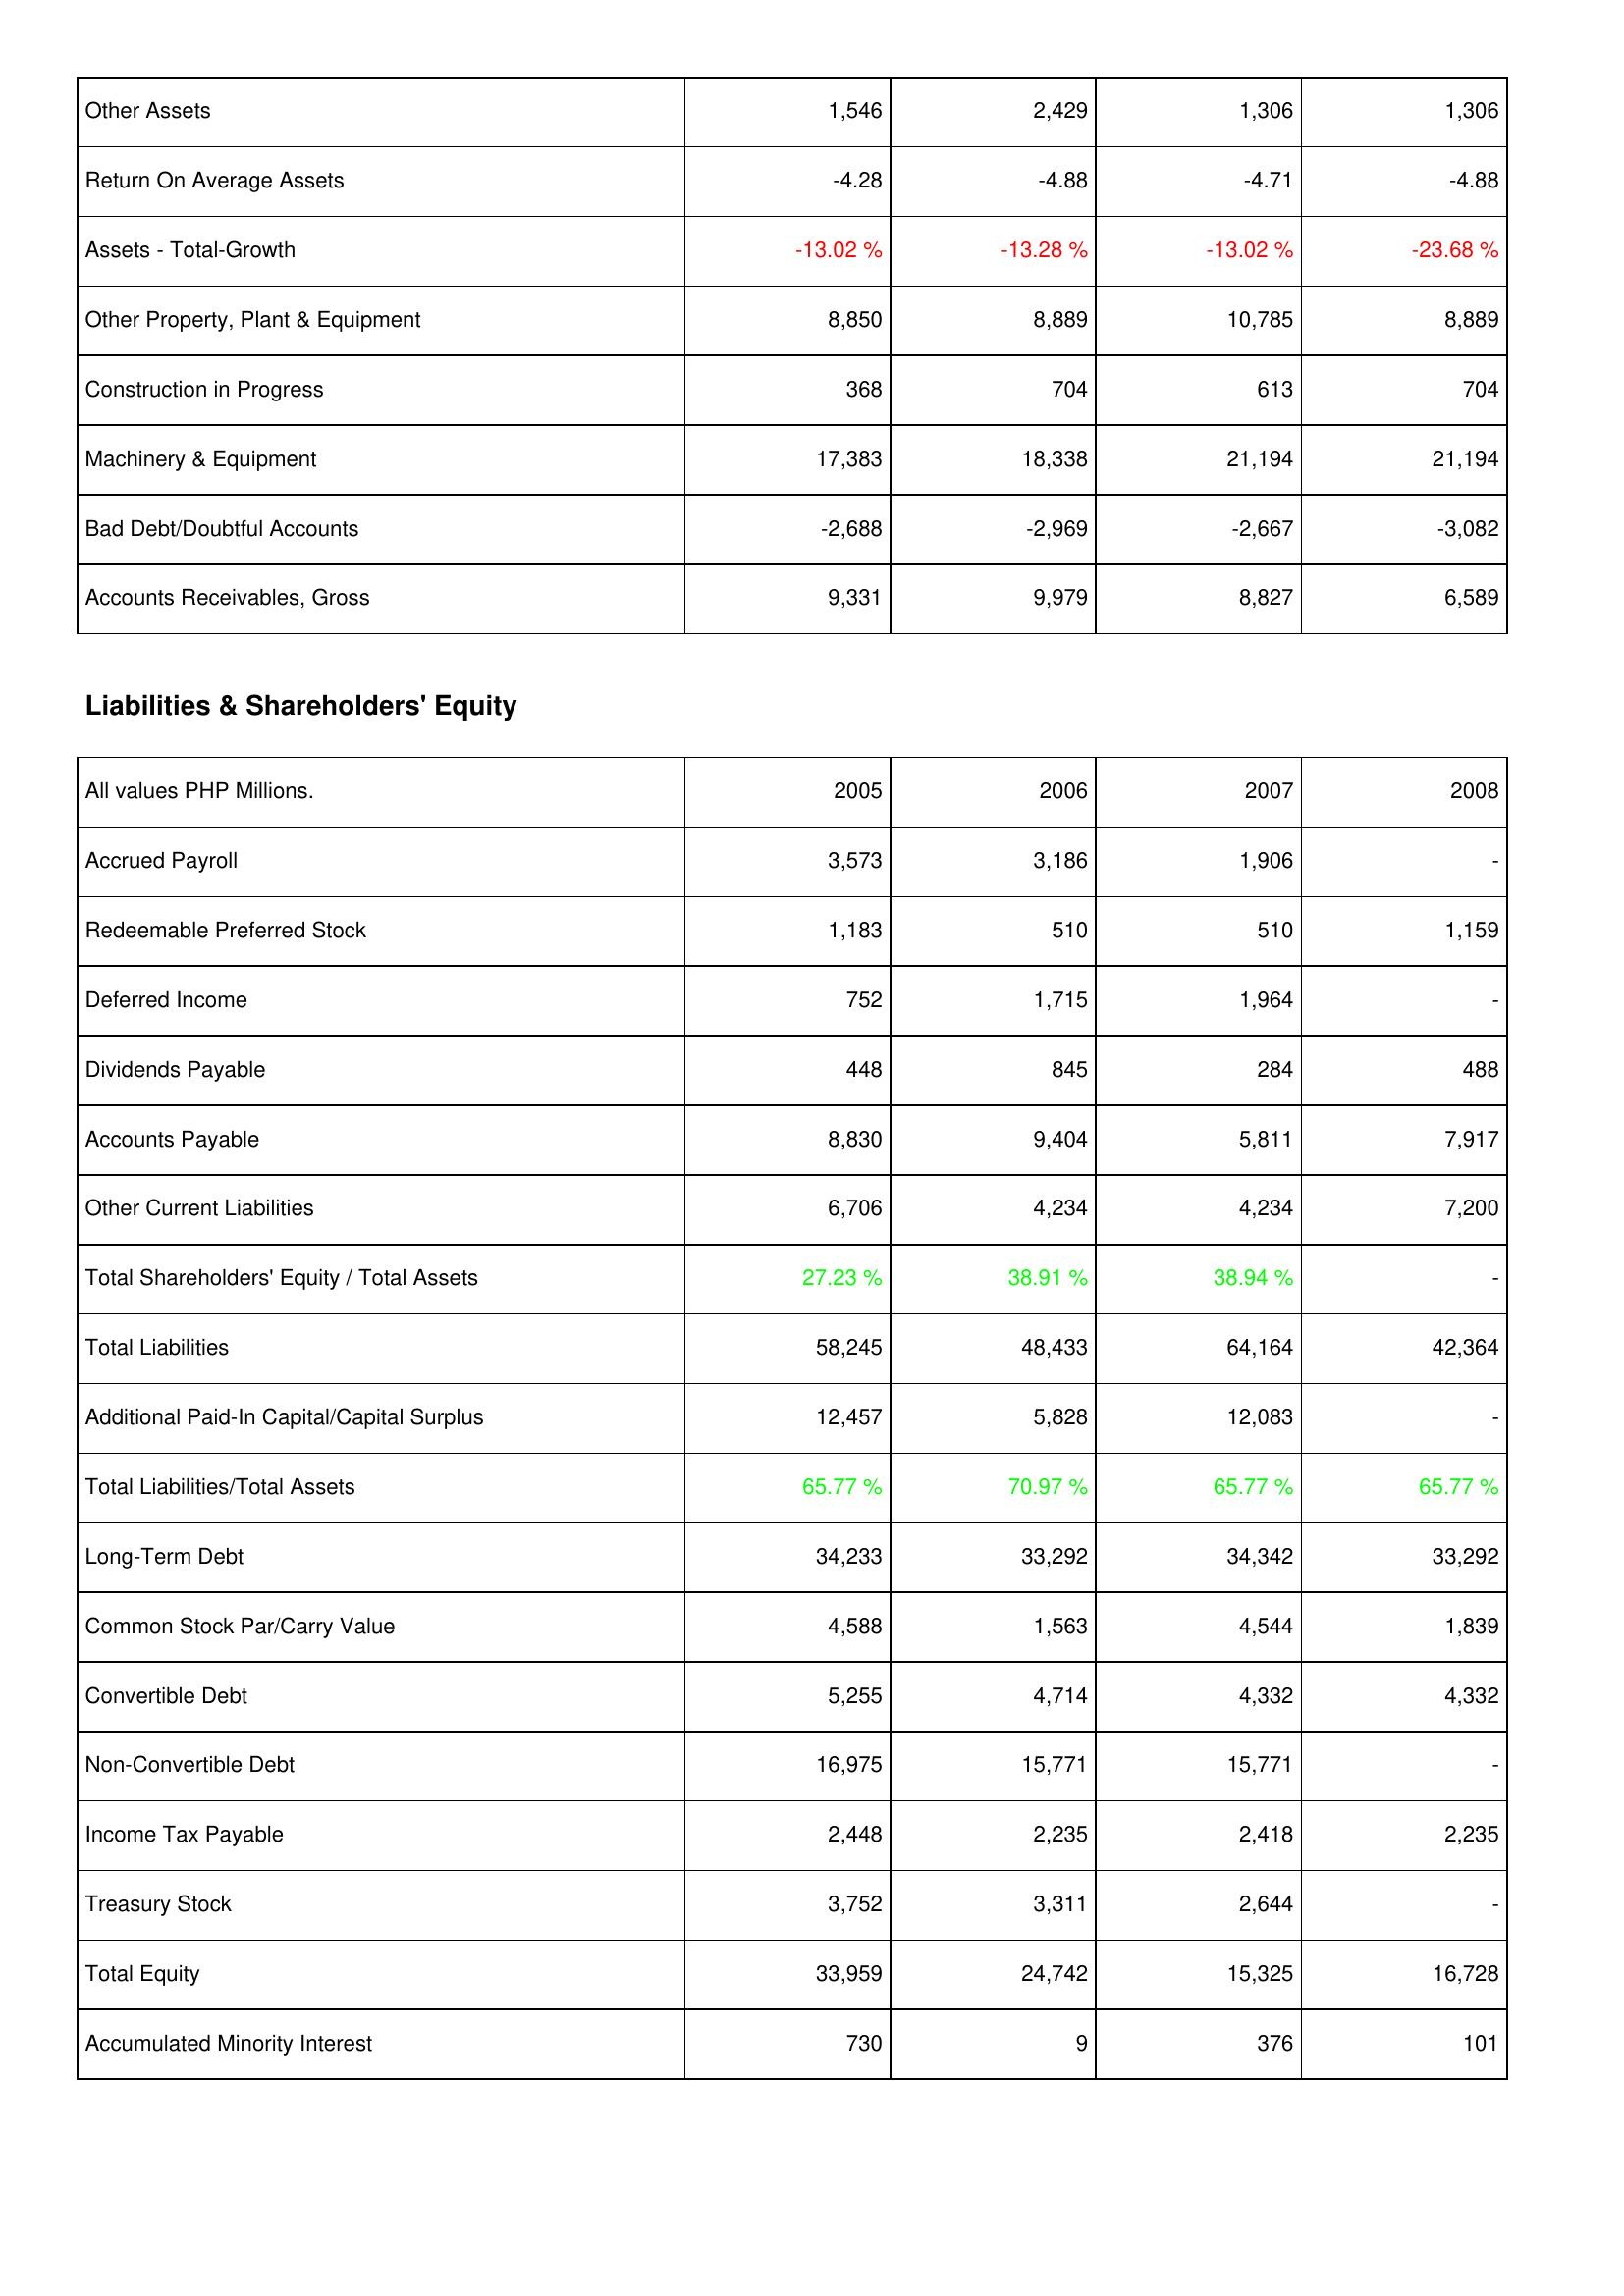
2005: Assets: Other Assets: 1,546
Return On Average Assets: -4.28
Assets - Total-Growth: -13.02 %
Other Property, Plant & Equipment: 8,850
Construction in Progress: 368
Machinery & Equipment: 17,383
Bad Debt/Doubtful Accounts: -2,688
Accounts Receivables, Gross: 9,331
Liabilities & Shareholders' Equity: Accrued Payroll: 3,573
Redeemable Preferred Stock: 1,183
Deferred Income: 752
Dividends Payable: 448
Accounts Payable: 8,830
Other Current Liabilities: 6,706
Total Shareholders' Equity / Total Assets: 27.23 %
Total Liabilities: 58,245
Additional Paid-In Capital/Capital Surplus: 12,457
Total Liabilities/Total Assets: 65.77 %
Long-Term Debt: 34,233
Common Stock Par/Carry Value: 4,588
Convertible Debt: 5,255
Non-Convertible Debt: 16,975
Income Tax Payable: 2,448
Treasury Stock: 3,752
Total Equity: 33,959
Accumulated Minority Interest: 730
2006: Assets: Other Assets: 2,429
Return On Average Assets: -4.88
Assets - Total-Growth: -13.28 %
Other Property, Plant & Equipment: 8,889
Construction in Progress: 704
Machinery & Equipment: 18,338
Bad Debt/Doubtful Accounts: -2,969
Accounts Receivables, Gross: 9,979
Liabilities & Shareholders' Equity: Accrued Payroll: 3,186
Redeemable Preferred Stock: 510
Deferred Income: 1,715
Dividends Payable: 845
Accounts Payable: 9,404
Other Current Liabilities: 4,234
Total Shareholders' Equity / Total Assets: 38.91 %
Total Liabilities: 48,433
Additional Paid-In Capital/Capital Surplus: 5,828
Total Liabilities/Total Assets: 70.97 %
Long-Term Debt: 33,292
Common Stock Par/Carry Value: 1,563
Convertible Debt: 4,714
Non-Convertible Debt: 15,771
Income Tax Payable: 2,235
Treasury Stock: 3,311
Total Equity: 24,742
Accumulated Minority Interest: 9
2007: Assets: Other Assets: 1,306
Return On Average Assets: -4.71
Assets - Total-Growth: -13.02 %
Other Property, Plant & Equipment: 10,785
Construction in Progress: 613
Machinery & Equipment: 21,194
Bad Debt/Doubtful Accounts: -2,667
Accounts Receivables, Gross: 8,827
Liabilities & Shareholders' Equity: Accrued Payroll: 1,906
Redeemable Preferred Stock: 510
Deferred Income: 1,964
Dividends Payable: 284
Accounts Payable: 5,811
Other Current Liabilities: 4,234
Total Shareholders' Equity / Total Assets: 38.94 %
Total Liabilities: 64,164
Additional Paid-In Capital/Capital Surplus: 12,083
Total Liabilities/Total Assets: 65.77 %
Long-Term Debt: 34,342
Common Stock Par/Carry Value: 4,544
Convertible Debt: 4,332
Non-Convertible Debt: 15,771
Income Tax Payable: 2,418
Treasury Stock: 2,644
Total Equity: 15,325
Accumulated Minority Interest: 376
2008: Assets: Other Assets: 1,306
Return On Average Assets: -4.88
Assets - Total-Growth: -23.68 %
Other Property, Plant & Equipment: 8,889
Construction in Progress: 704
Machinery & Equipment: 21,194
Bad Debt/Doubtful Accounts: -3,082
Accounts Receivables, Gross: 6,589
Liabilities & Shareholders' Equity: Accrued Payroll: -
Redeemable Preferred Stock: 1,159
Deferred Income: -
Dividends Payable: 488
Accounts Payable: 7,917
Other Current Liabilities: 7,200
Total Shareholders' Equity / Total Assets: -
Total Liabilities: 42,364
Additional Paid-In Capital/Capital Surplus: -
Total Liabilities/Total Assets: 65.77 %
Long-Term Debt: 33,292
Common Stock Par/Carry Value: 1,839
Convertible Debt: 4,332
Non-Convertible Debt: -
Income Tax Payable: 2,235
Treasury Stock: -
Total Equity: 16,728
Accumulated Minority Interest: 101